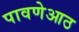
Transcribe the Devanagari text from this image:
पावणेआठ